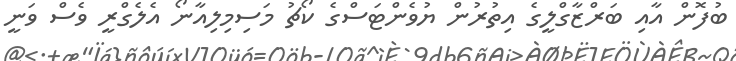
ބުފޮން އާއި ބަރްޒާގްލީގެ އިތުރުން ޔުވެންޓަސްގެ ކޯޗު މަސިމިލިއާނޯ އެލެގްރީ ވެސް ވަނީ